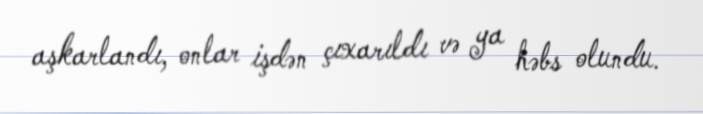
aşkarlandı, onlar işdən çıxarıldı və ya həbs olundu.